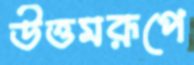
উত্তমরূপে